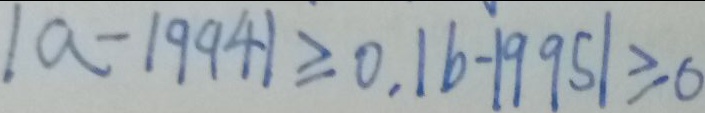
\vert a - 1 9 9 4 \vert \geq 0 , \vert b - 1 9 9 5 \vert \geq 0